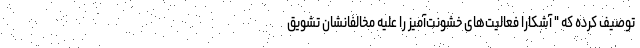
توصیف کرده که " آشکارا فعالیت‌های خشونت‌آمیز را علیه مخالفانشان تشویق